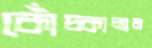
কোঁচ্‌কালাম